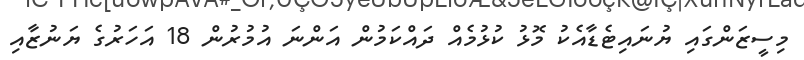
މިސީޒަންގައި ޔުނައިޓެޑާއެކު މޮޅު ކުޅުމެއް ދައްކަމުން އަންނަ އުމުރުން 18 އަހަރުގެ ޔަނުޒާއި